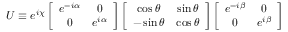
U \equiv e ^ { i \chi } \left[ \begin{array} { c c } { { e ^ { - i \alpha } } } & { { 0 } } \\ { { 0 } } & { { e ^ { i \alpha } } } \end{array} \right] \left[ \begin{array} { c c } { { \cos \theta } } & { { \sin \theta } } \\ { { - \sin \theta } } & { { \cos \theta } } \end{array} \right] \left[ \begin{array} { c c } { { e ^ { - i \beta } } } & { { 0 } } \\ { { 0 } } & { { e ^ { i \beta } } } \end{array} \right]